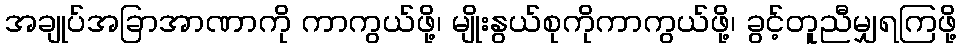
အချုပ်အခြာအာဏာကို ကာကွယ်ဖို့၊ မျိုးနွယ်စုကိုကာကွယ်ဖို့၊ ခွင့်တူညီမျှရကြဖို့